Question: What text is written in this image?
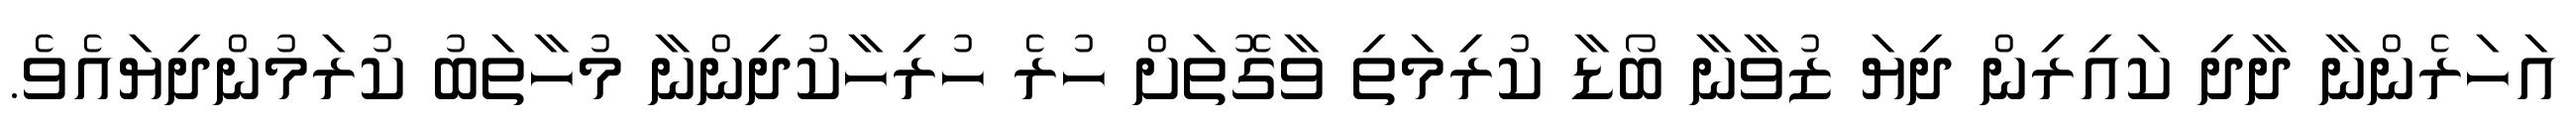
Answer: އަހަރެންނާ ދާދި ކައިރިން ދިޔަ ޒުވާނާ ބޯޑާ ކުރިމަތި ވާގޮތަށް ހުރެ ހުރިހާކުދިންނާ މުހާތަބު ކުރަމުންދިޔައެވެ.